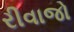
રીવાજો